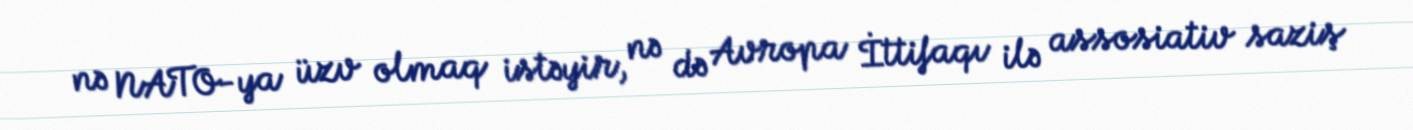
nə NATO-ya üzv olmaq istəyir, nə də Avropa İttifaqı ilə assosiativ saziş